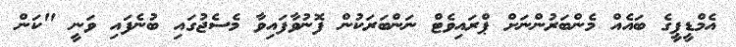
އެމްޑީޕީގެ ބައެއް މެންބަރުންނަށް ޕްރައިވެޓް ނަންބަރަކުން ފޮނުވާފައިވާ މެސެޖުގައި ބުނެފައި ވަނީ "ކަން